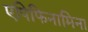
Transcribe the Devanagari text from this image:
एपिफिनामिना